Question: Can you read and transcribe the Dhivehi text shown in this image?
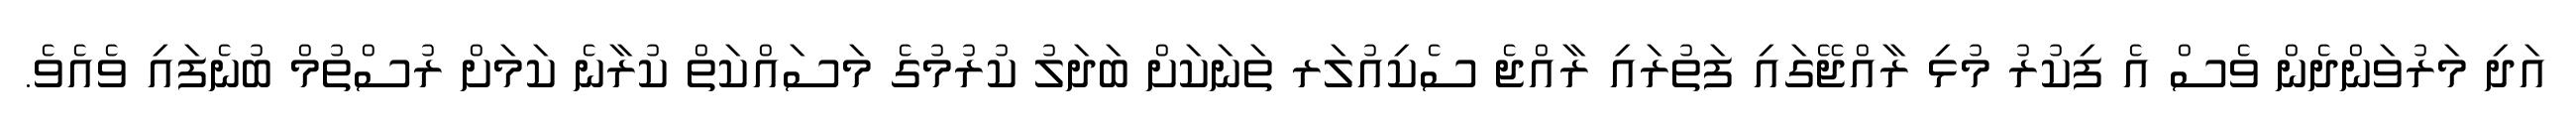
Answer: އަދި މަރުވަންދެން ވެސް އެ ފިކުރު މުޅި ރާއްޖޭގައި ފަތުރައި ރާއްޖެ ސެކިއުލަރ ތަނަކަށް ބަދަލު ކުރުމުގެ މަސައްކަތް ކުރާނެ ކަމަށް ރުސްތުމް ބުނެފައި ވެއެވެ.